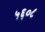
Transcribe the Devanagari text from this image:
५६०८